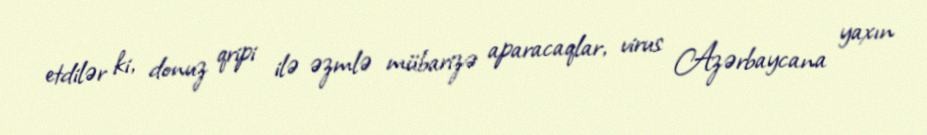
etdilər ki, donuz qripi ilə əzmlə mübarizə aparacaqlar, virus Azərbaycana yaxın